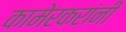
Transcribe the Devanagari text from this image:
कामेरकरांनी